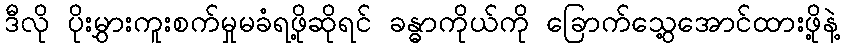
ဒီလို ပိုးမွှားကူးစက်မှုမခံရဖို့ဆိုရင် ခန္ဓာကိုယ်ကို ခြောက်သွေ့အောင်ထားဖို့နဲ့